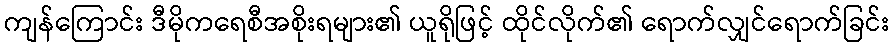
ကျန်ကြောင်း ဒီမိုကရေစီအစိုးရများ၏ ယူရိုဖြင့် ထိုင်လိုက်၏ ရောက်လျှင်ရောက်ခြင်း